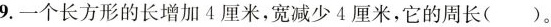
9.一个长方形的长增加4厘米，宽减少4厘米，它的周长( )。